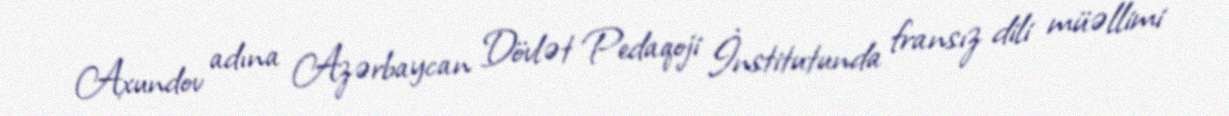
Axundov adına Azərbaycan Dövlət Pedaqoji İnstitutunda fransız dili müəllimi